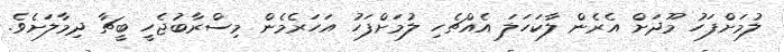
ލުމަށްފަހު މޫދަށް އެރެން ލާކަހަލަ އެއްޗެހި ލުމަށްފަހު އަހަރެމެން މިސްރާބުޖެހީ ބީޗާ ދިމާލަށެވެ.